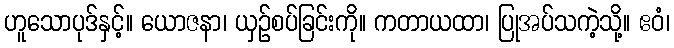
ဟူသောပုဒ်နှင့်။ ယောဇနာ၊ ယှဉ်စပ်ခြင်းကို။ ကတာယထာ၊ ပြုအပ်သကဲ့သို့။ ဧဝံ၊